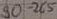
Text: 90-265